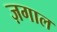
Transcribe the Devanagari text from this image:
ज़गाल